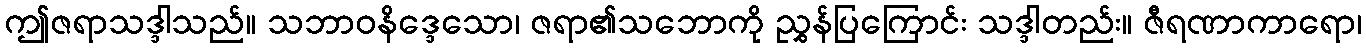
ဤဇရာသဒ္ဒါသည်။ သဘာဝနိဒ္ဒေသော၊ ဇရာ၏သဘောကို ညွှန်ပြကြောင်း သဒ္ဒါတည်း။ ဇီရဏာကာရော၊